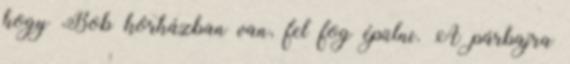
hogy Bob kórházban van, fel fog épülni. A párbajra